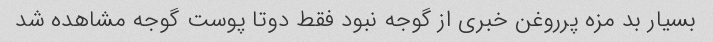
بسیار بد مزه پرروغن خبری از گوجه نبود فقط دو‌تا پوست گوجه مشاهده شد